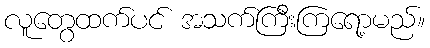
လူတွေထက်ပင် အသက်ကြီးကြရော့မည်။